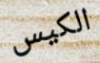
الكيس